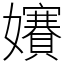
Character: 𡤐